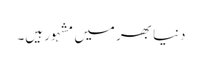
دنیا بھر میں مشہور ہیں۔